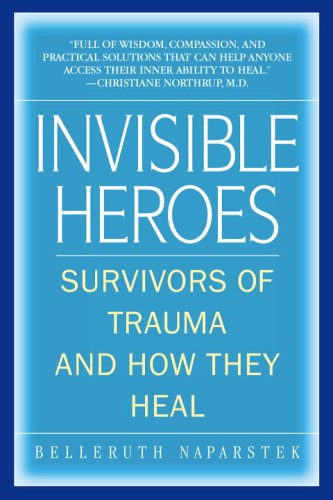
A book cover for Invisible Heroes: Survivors of Trauma and How They Heal; Belleruth Naparstek; Health, Fitness & Dieting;